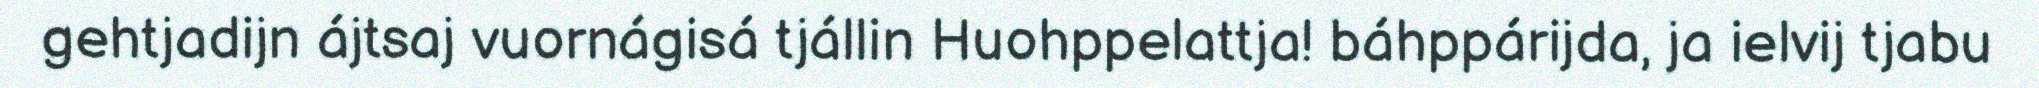
gehtjadijn ájtsaj vuornágisá tjállin Huohppelattja! báhppárijda, ja ielvij tjabu